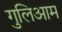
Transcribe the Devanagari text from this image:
गुलिआम